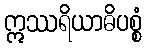
ဣဿရိယာဓိပစ္စံ